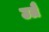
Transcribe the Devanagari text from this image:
उग्रै